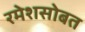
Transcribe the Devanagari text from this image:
रमेशसोबत